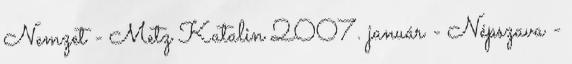
Nemzet - Metz Katalin 2007. január - Népszava -